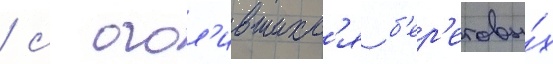
/ с огол'ившихс'я б'ер'еговы́х